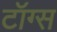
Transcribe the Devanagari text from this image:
टॉग्स